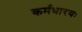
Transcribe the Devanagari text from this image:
कर्मधारयः